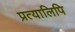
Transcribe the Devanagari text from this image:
प्रत्यालिपि